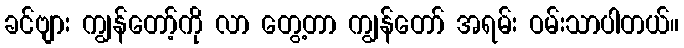
ခင်ဗျား ကျွန်တော့်ကို လာ တွေ့တာ ကျွန်တော် အရမ်း ဝမ်းသာပါတယ်။